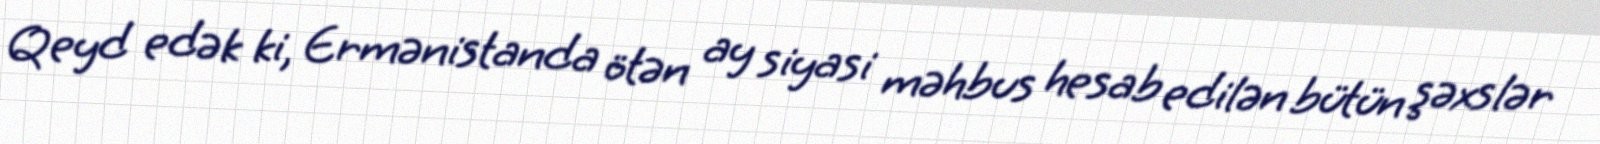
Qeyd edək ki, Ermənistanda ötən ay siyasi məhbus hesab edilən bütün şəxslər